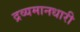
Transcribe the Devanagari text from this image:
द्रव्यमानधारी